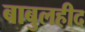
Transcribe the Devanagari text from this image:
बाबुलहीद